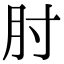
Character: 肘